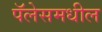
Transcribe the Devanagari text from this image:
पॅलेसमधील